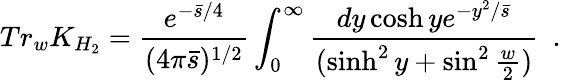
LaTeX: Tr_{w}K_{H_{2}}={\frac{e^{-{\bar{s}/4}}}{(4\pi\bar{s})^{1/2}}}\int_{0}^{\infty}{\frac{dy\cosh ye^{-{y^{2}/\bar{s}}}}{(\sinh^{2}y+\sin^{2}{\frac{w}{2}})}}~~.